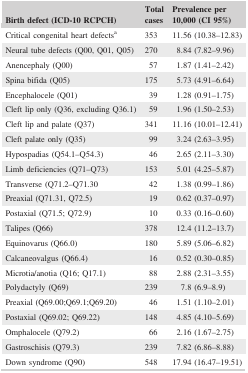
<table><thead><tr><td><b>Birth defect (ICD‐10 RCPCH)</b></td><td><b>Total cases</b></td><td><b>Prevalence per 10,000 (CI 95%)</b></td></tr></thead><tbody><tr><td>Critical congenital heart defectsa</td><td>353</td><td>11.56 (10.38–12.83)</td></tr><tr><td>Neural tube defects (Q00, Q01, Q05)</td><td>270</td><td>8.84 (7.82–9.96)</td></tr><tr><td>Anencephaly (Q00)</td><td>57</td><td>1.87 (1.41–2.42)</td></tr><tr><td>Spina bifida (Q05)</td><td>175</td><td>5.73 (4.91–6.64)</td></tr><tr><td>Encephalocele (Q01)</td><td>39</td><td>1.28 (0.91–1.75)</td></tr><tr><td>Cleft lip only (Q36, excluding Q36.1)</td><td>59</td><td>1.96 (1.50–2.53)</td></tr><tr><td>Cleft lip and palate (Q37)</td><td>341</td><td>11.16 (10.01–12.41)</td></tr><tr><td>Cleft palate only (Q35)</td><td>99</td><td>3.24 (2.63–3.95)</td></tr><tr><td>Hypospadias (Q54.1–Q54.3)</td><td>46</td><td>2.65 (2.11–3.30)</td></tr><tr><td>Limb deficiencies (Q71–Q73)</td><td>153</td><td>5.01 (4.25–5.87)</td></tr><tr><td>Transverse (Q71.2–Q71.30</td><td>42</td><td>1.38 (0.99–1.86)</td></tr><tr><td>Preaxial (Q71.31, Q72.5)</td><td>19</td><td>0.62 (0.37–0.97)</td></tr><tr><td>Postaxial (Q71.5; Q72.9)</td><td>10</td><td>0.33 (0.16–0.60)</td></tr><tr><td>Talipes (Q66)</td><td>378</td><td>12.4 (11.2–13.7)</td></tr><tr><td>Equinovarus (Q66.0)</td><td>180</td><td>5.89 (5.06–6.82)</td></tr><tr><td>Calcaneovalgus (Q66.4)</td><td>16</td><td>0.52 (0.30–0.85)</td></tr><tr><td>Microtia/anotia (Q16; Q17.1)</td><td>88</td><td>2.88 (2.31–3.55)</td></tr><tr><td>Polydactyly (Q69)</td><td>239</td><td>7.8 (6.9–8.9)</td></tr><tr><td>Preaxial (Q69.00;Q69.1;Q69.20)</td><td>46</td><td>1.51 (1.10–2.01)</td></tr><tr><td>Postaxial (Q69.02; Q69.22)</td><td>148</td><td>4.85 (4.10–5.69)</td></tr><tr><td>Omphalocele (Q79.2)</td><td>66</td><td>2.16 (1.67–2.75)</td></tr><tr><td>Gastroschisis (Q79.3)</td><td>239</td><td>7.82 (6.86–8.88)</td></tr><tr><td>Down syndrome (Q90)</td><td>548</td><td>17.94 (16.47–19.51)</td></tr></tbody></table>